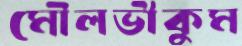
মৌলভীকুম